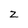
Character: z